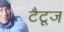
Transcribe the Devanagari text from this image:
टैटूज